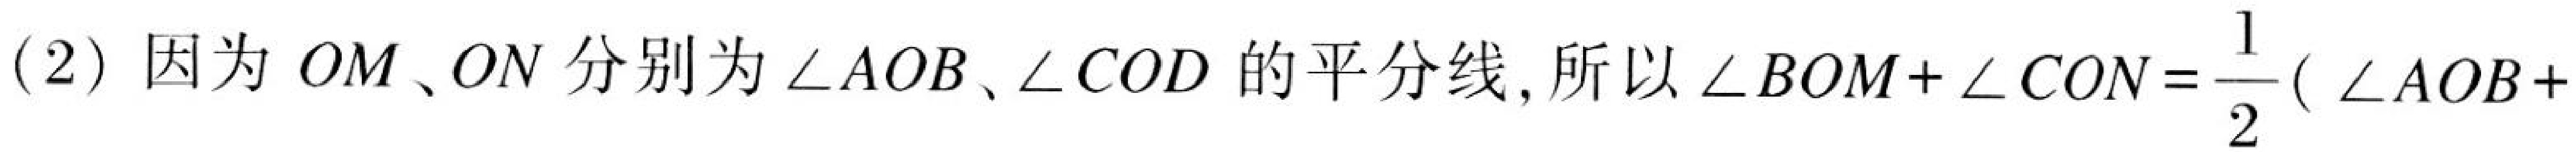
(2) 因为$OM$、$ON$分别为$\angle AOB$、$\angle COD$的平分线, 所以$\angle BOM+\angle CON=\frac{1}{2}(\angle AOB +$